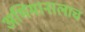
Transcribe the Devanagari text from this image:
अभिमानालाच